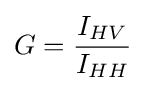
G={{I_{HV}} \over {I_{HH}}}